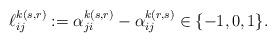
LaTeX: \begin{align*} \ell_{ij}^{k(s,r)}:=\alpha_{ji}^{k(s,r)}-\alpha_{ij}^{k(r,s)} \in \{-1,0,1\}.\end{align*}